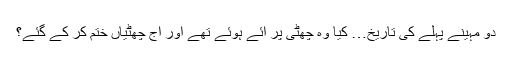
دو مہینے پہلے کی تاریخ… کیا وہ چھٹی پر آئے ہوئے تھے اور آج چھٹیاں ختم کر کے گئے؟